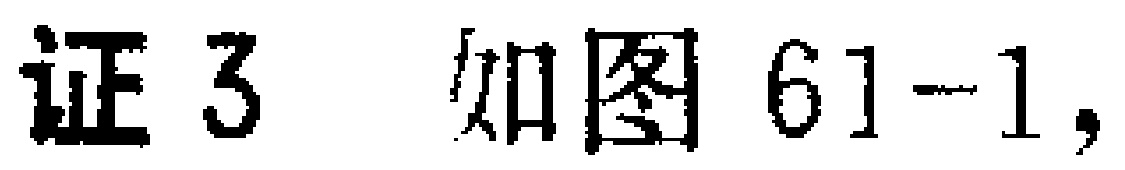
证3 如图61-1，